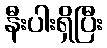
နီးပါးရှိပြီး